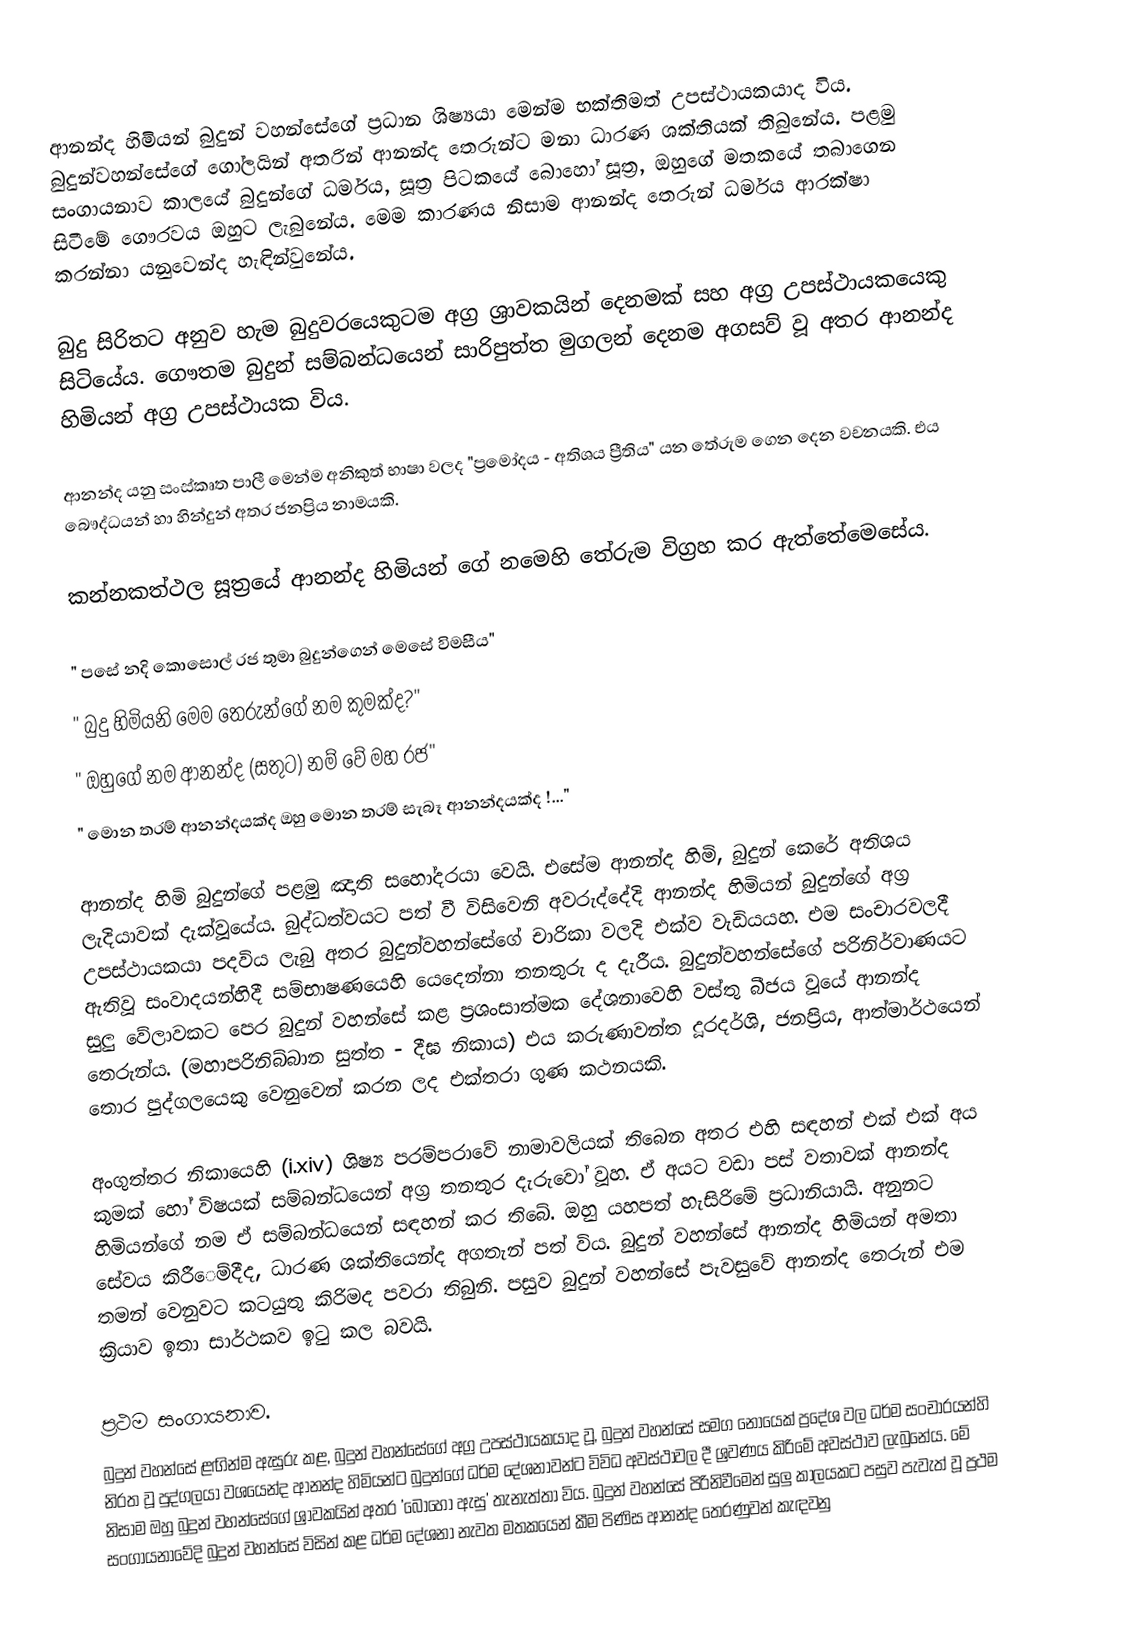
ආනන්ද හිමියන් බුදුන් වහන්සේගේ ප්‍රධාන ශිෂ්‍යයා මෙන්ම භක්තිමත් උපස්ථායකයාද විය. බුදුන්වහන්සේගේ ගෝලයින් අතරින් ආනන්ද තෙරුන්ට මනා ධාරණ ශක්තියක් තිබුනේය. පළමු සංගායනාව කාලයේ බුදුන්ගේ ධර්මය, සූත්‍ර පිටකයේ බොහෝ සූත්‍ර, ඔහුගේ මතකයේ තබාගෙන සිටීමේ ගෞරවය ඔහුට ලැබුනේය. මෙම කාරණය නිසාම ආනන්ද තෙරුන් ධර්මය ආරක්ෂා කරන්නා යනුවෙන්ද හැඳින්වුනේය.

	බුදු සිරිතට අනුව හැම බුදුවරයෙකුටම අග්‍ර ශ්‍රාවකයින් දෙනමක් සහ අග්‍ර උපස්ථායකයෙකු සිටියේය. ගෞතම බුදුන් සම්බන්ධයෙන් සාරිපුත්ත මුගලන් දෙනම අගසව් වූ අතර ආනන්ද හිමියන් අග්‍ර උපස්ථායක විය.

	ආනන්ද යනු සංස්කෘත පාලී මෙන්ම අනිකුත් භාෂා වලද "ප්‍රමෝදය - අතිශය ප්‍රීතිය" යන තේරුම ගෙන දෙන වචනයකි. එය බෞද්ධයන් හා හින්දුන් අතර ජනප්‍රිය නාමයකි.

	කන්නකත්ථල සූත්‍රයේ ආනන්ද හිමියන් ගේ නමෙහි තේරුම විග්‍රහ කර ඇත්තේමෙසේය.

	" පසේ නදි කොසොල් රජ තුමා බුදුන්ගෙන් මෙසේ විමසීය"
	" බුදු හිමියනි මෙම තෙරුන්ගේ නම කුමක්ද?"
	" ඔහුගේ නම ආනන්ද (සතුට) නම් වේ මහ රජ"
	" මොන තරම් ආනන්දයක්ද ඔහු මොන තරම් සැබෑ ආනන්දයක්ද !..."

	ආනන්ද හිමි බුදුන්ගේ පළමු ඤාති සහෝදරයා වෙයි. එසේම ආනන්ද හිමි, බුදුන් කෙරේ අතිශය ලැදියාවක් දැක්වූයේය. බුද්ධත්වයට පත් වී විසිවෙනි අවරුද්දේදි ආනන්ද හිමියන් බුදුන්ගේ අග්‍ර උපස්ථායකයා පදවිය ලැබු අතර බුදුන්වහන්සේගේ චාරිකා වලදි එක්ව වැඩියයහ. එම සංචාරවලදී ඇතිවූ සංවාදයන්හිදී සම්භාෂණයෙහි යෙදෙන්නා තනතුරු ද දැරීය. බුදුන්වහන්සේගේ පරිනිර්වාණයට සුලු වේලාවකට පෙර බුදුන් වහන්සේ කළ ප්‍රශංසාත්මක දේශනාවෙහි වස්තු බීජය වූයේ ආනන්ද තෙරුන්ය. (මහාපරිනිබ්බාන සුත්ත - දීඝ නිකාය) එය කරුණාවන්ත දූරදර්ශි, ජනප්‍රිය, ආත්මාර්ථයෙන් තොර පුද්ගලයෙකු වෙනුවෙන් කරන ලද එක්තරා ගුණ කථනයකි.

	අංගුත්තර නිකායෙහි (i.xiv) ශිෂ්‍ය පරම්පරාවේ නාමාවලියක් තිබෙන අතර එහි සඳහන් එක් එක් අය කුමක් හෝ විෂයක් සම්බන්ධයෙන් අග්‍ර තනතුර දැරුවෝ වූහ. ඒ අයට වඩා පස් වතාවක් ආනන්ද හිමියන්ගේ නම ඒ සම්බන්ධයෙන් සඳහන් කර තිබේ. ඔහු යහපත් හැසිරිමේ ප්‍රධානියායි. අනුනට සේවය කිරී‍ෙම්දීද, ධාරණ ශක්තියෙන්ද අගතැන් පත් විය. බුදුන් වහන්සේ ආනන්ද හිමියන් අමතා තමන් වෙනුවට කටයුතු කිරිමද පවරා තිබුනි. පසුව බුදුන් වහන්සේ පැවසුවේ ආනන්ද තෙරුන් එම ක්‍රියාව ඉතා සාර්ථකව  ඉටු කල  බවයි.

ප්‍රථම සංගායනාව.
	බුදුන් වහන්සේ ළඟින්ම ඇසුරු කළ, බුදුන් වහන්සේගේ අග්‍ර උපස්ථායකයාද වූ, බුදුන් වහන්සේ සමග නොයෙක් ප්‍රදේශ වල ධර්ම සංචාරයන්හි නිරත වූ පුද්ගලයා වශයෙන්ද ආනන්ද හිමියන්ට බුදුන්ගේ ධර්ම දේශනාවන්ට විවිධ අවස්ථාවල දී  ශ්‍රවණය කිරිමේ අවස්ථාව ලැබුනේය. මේ නිසාම ඔහු බුදුන් වහන්සේගේ ශ්‍රාවකයින් අතර 'බොහෝ ඇසු' තැනැත්තා විය. බුදුන් වහන්සේ පිරිනිවීමෙන් සුලු කාලයකට පසුව පැවැත් වූ ප්‍රථම සංගායනාවේදි බුදුන් වහන්සේ විසින් කළ ධර්ම දේශනා නැවත මතකයෙන් කීම පිණිස ආනන්ද තෙරණුවන් කැඳවනු